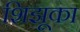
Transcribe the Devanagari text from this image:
शिझूका